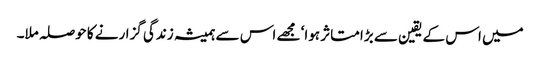
میں اس کے یقین سے بڑا متاثر ہوا‘ مجھے اس سے ہمیشہ زندگی گزارنے کا حوصلہ ملا۔